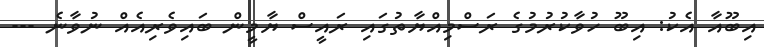
އިބޫއާ އެކު: އިބޫ ހުވާކުރުމުގެ ރަސްމިއްޔާތުގައި ރައީސް ޔާމީން ބައިވެރިއެއް ނުވާނެ ---